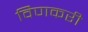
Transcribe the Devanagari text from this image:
विणकरी